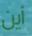
أين